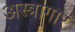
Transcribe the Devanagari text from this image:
अस्त्रागार